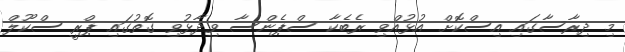
މި ދިރާސާގައި އިސްކޮށް އުޅުއްވި ރެބެކާ ސްޕެންސާ ވިދާޅުވި ގޮތުގައި ޕްރީ ސްކޫލް